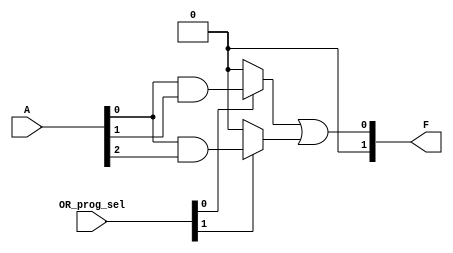
module MaskedPAL #(
    parameter NUM_INPUTS = 3, // Number of inputs (A, B, C, ...)
    parameter NUM_PRODUCT_TERMS = 4, // Number of AND gates / product terms
    parameter NUM_OUTPUTS = 2 // Number of outputs (F1, F2, ...)
)(
    input wire [NUM_INPUTS-1:0] A, // Inputs: A, B, C, ...
    input wire [NUM_OUTPUTS-1:0] OR_prog_sel, // Programmable connections for OR gates
    output wire [NUM_OUTPUTS-1:0] F // Outputs: F1, F2, ...
);

// Fixed AND array (determined by manufacturing)
wire [NUM_PRODUCT_TERMS-1:0] PT; // Product terms
assign PT[0] = A[0] & A[1]; // Example product term P1 = A AND B
assign PT[1] = A[0] & A[2]; // Example product term P2 = A AND C
assign PT[2] = A[1] & A[2]; // Example product term P3 = B AND C
assign PT[3] = A[0] & A[1] & A[2]; // Example product term P4 = A AND B AND C

// Programmable OR array
assign F[0] = (OR_prog_sel[0] ? PT[0] : 1'b0) |
              (OR_prog_sel[1] ? PT[1] : 1'b0) |
              (OR_prog_sel[2] ? PT[2] : 1'b0) |
              (OR_prog_sel[3] ? PT[3] : 1'b0); // Output F1

assign F[1] = (OR_prog_sel[4] ? PT[0] : 1'b0) |
              (OR_prog_sel[5] ? PT[1] : 1'b0) |
              (OR_prog_sel[6] ? PT[2] : 1'b0) |
              (OR_prog_sel[7] ? PT[3] : 1'b0); // Output F2

endmodule